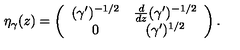
\eta _ { \gamma } ( z ) = \left( \begin{array} { c c } { ( \gamma ^ { \prime } ) ^ { - 1 / 2 } } & { { \frac { d } { d z } } ( \gamma ^ { \prime } ) ^ { - 1 / 2 } } \\ { 0 } & { ( \gamma ^ { \prime } ) ^ { 1 / 2 } } \\ \end{array} \right) .